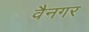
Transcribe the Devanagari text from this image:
वैनगर